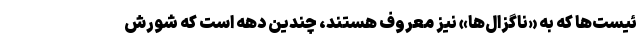
ئیست‌ها که به «ناگزال‌ها» نیز معروف هستند، چندین دهه است که شورش